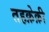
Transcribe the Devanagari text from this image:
तहक़ेक़ी